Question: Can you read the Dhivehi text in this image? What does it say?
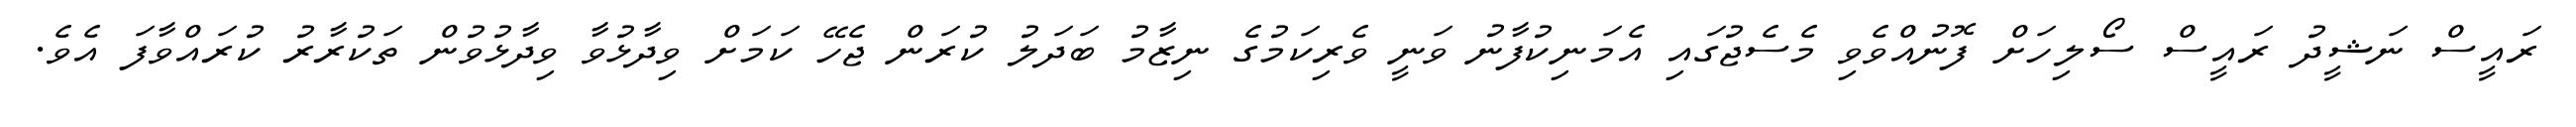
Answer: ރައީސް ނަޝީދު ރައީސް ސޯލިހަށް ފޮނުއްވެވި މެސެޖުގައި އެމަނިކުފާނު ވަނީ ވެރިކަމުގެ ނިޒާމު ބަދަލު ކުރަން ޖެހޭ ކަމަށް ވިދާޅުވާ ވިދާޅުވުން ތަކުރާރު ކުރައްވާފަ އެވެ.